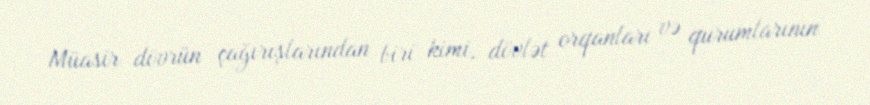
Müasir dövrün çağırışlarından biri kimi, dövlət orqanları və qurumlarının